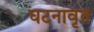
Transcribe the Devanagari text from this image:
घटनावृत